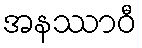
အနဿာဝီ